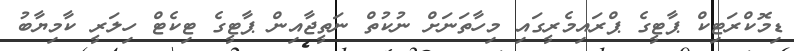
ޑިމޮކްރަޓިކް ޕާޓީގެ ޕްރައިމެރީގައި މިހާތަނަށް ނުކުތް ނަތީޖާއިން ޕާޓީގެ ޓިކެޓް ހިލަރީ ކާމިޔާބު